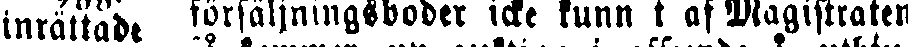
inrättadt försäljnnigsboder icke funn t af Magistraten